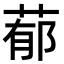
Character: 𦵁